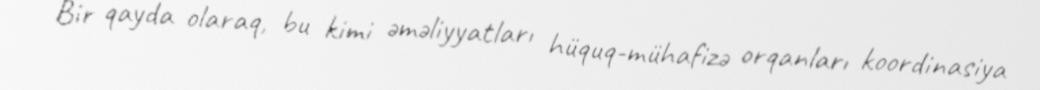
Bir qayda olaraq, bu kimi əməliyyatları hüquq-mühafizə orqanları koordinasiya